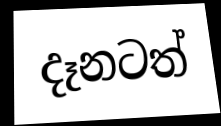
දෑනටත්